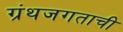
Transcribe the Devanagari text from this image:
ग्रंथजगताची